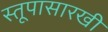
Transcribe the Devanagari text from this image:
स्तूपासारखी